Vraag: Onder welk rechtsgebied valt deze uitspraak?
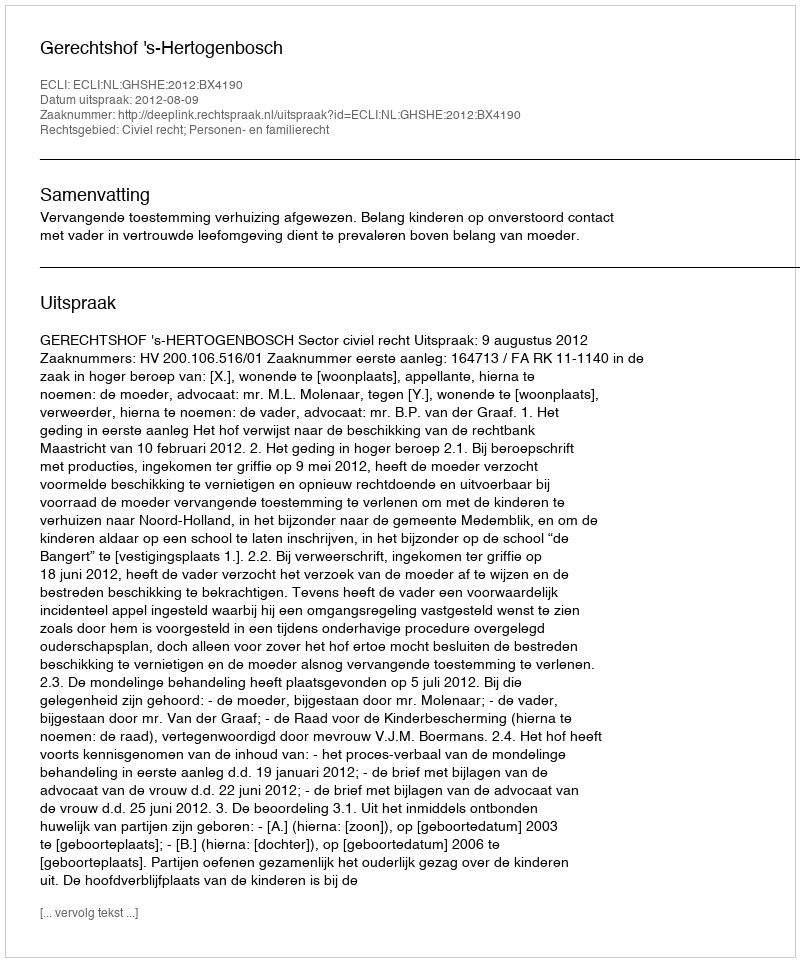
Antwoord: Civiel recht; Personen- en familierecht